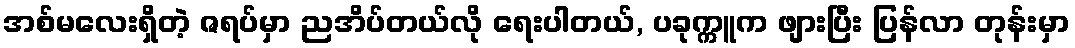
အစ်မလေးရှိတဲ့ ဇရပ်မှာ ညအိပ်တယ်လို ရေးပါတယ်, ပခုက္ကူက ဖျားပြီး ပြန်လာ တုန်းမှာ